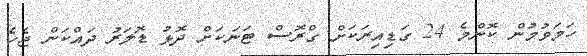
ހަމަވުމުން ކޮންމެ 24 ގަޑިއިރަކަށް ގްރޮސް ޓަނަކަށް ދޮޅު ޑޮލަރު ދައްކަން ޖެހެ